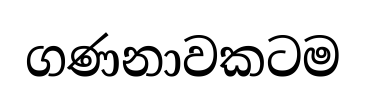
ගණනාවකටම